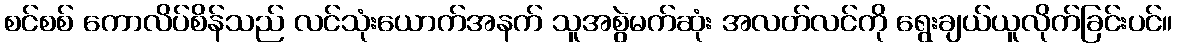
စင်စစ် ကောလိပ်စိန်သည် လင်သုံးယောက်အနက် သူအစွဲမက်ဆုံး အလတ်လင်ကို ရွေးချယ်ယူလိုက်ခြင်းပင်။